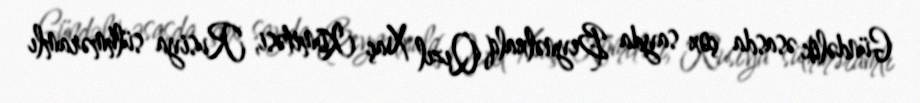
Gündəlik əsasda çox sayda Beynəlxalq Qızıl Xaç Komitəsi, Rusiya sülhməramlı